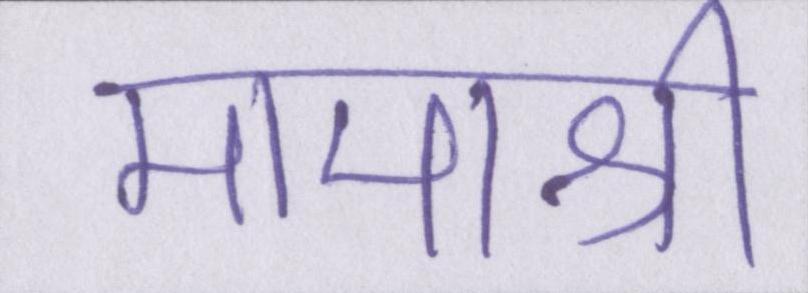
मामाश्री